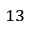
^ { 1 3 }